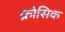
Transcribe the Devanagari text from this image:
क्रोसिक